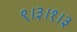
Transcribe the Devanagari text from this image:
९।३।१।३